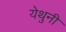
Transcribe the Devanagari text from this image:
येथुनी